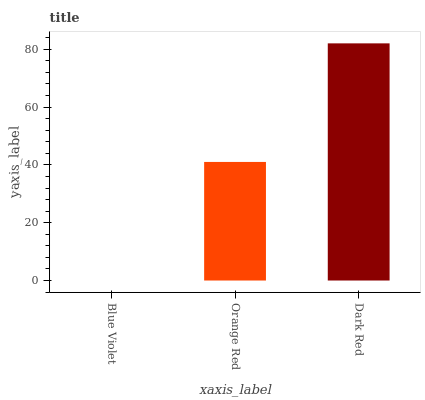
| xaxis_label | bars |
 | --- | --- |
 | Blue Violet | 0 |
 | Orange Red | 41 |
 | Dark Red | 82 |